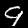
Digit: 9